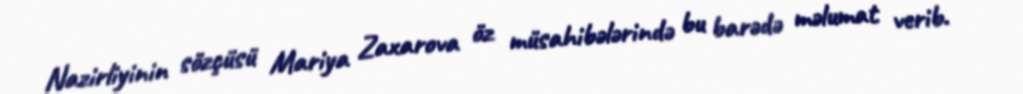
Nazirliyinin sözçüsü Mariya Zaxarova öz müsahibələrində bu barədə məlumat verib.